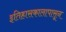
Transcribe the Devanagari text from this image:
इतिहासकालापासून